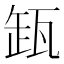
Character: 𬎩